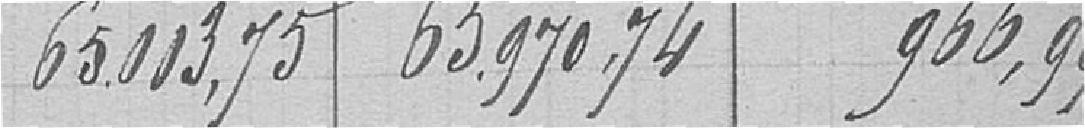
6346,73. 64404,24. 936,99